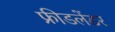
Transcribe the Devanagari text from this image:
फ्रीडलेंडर